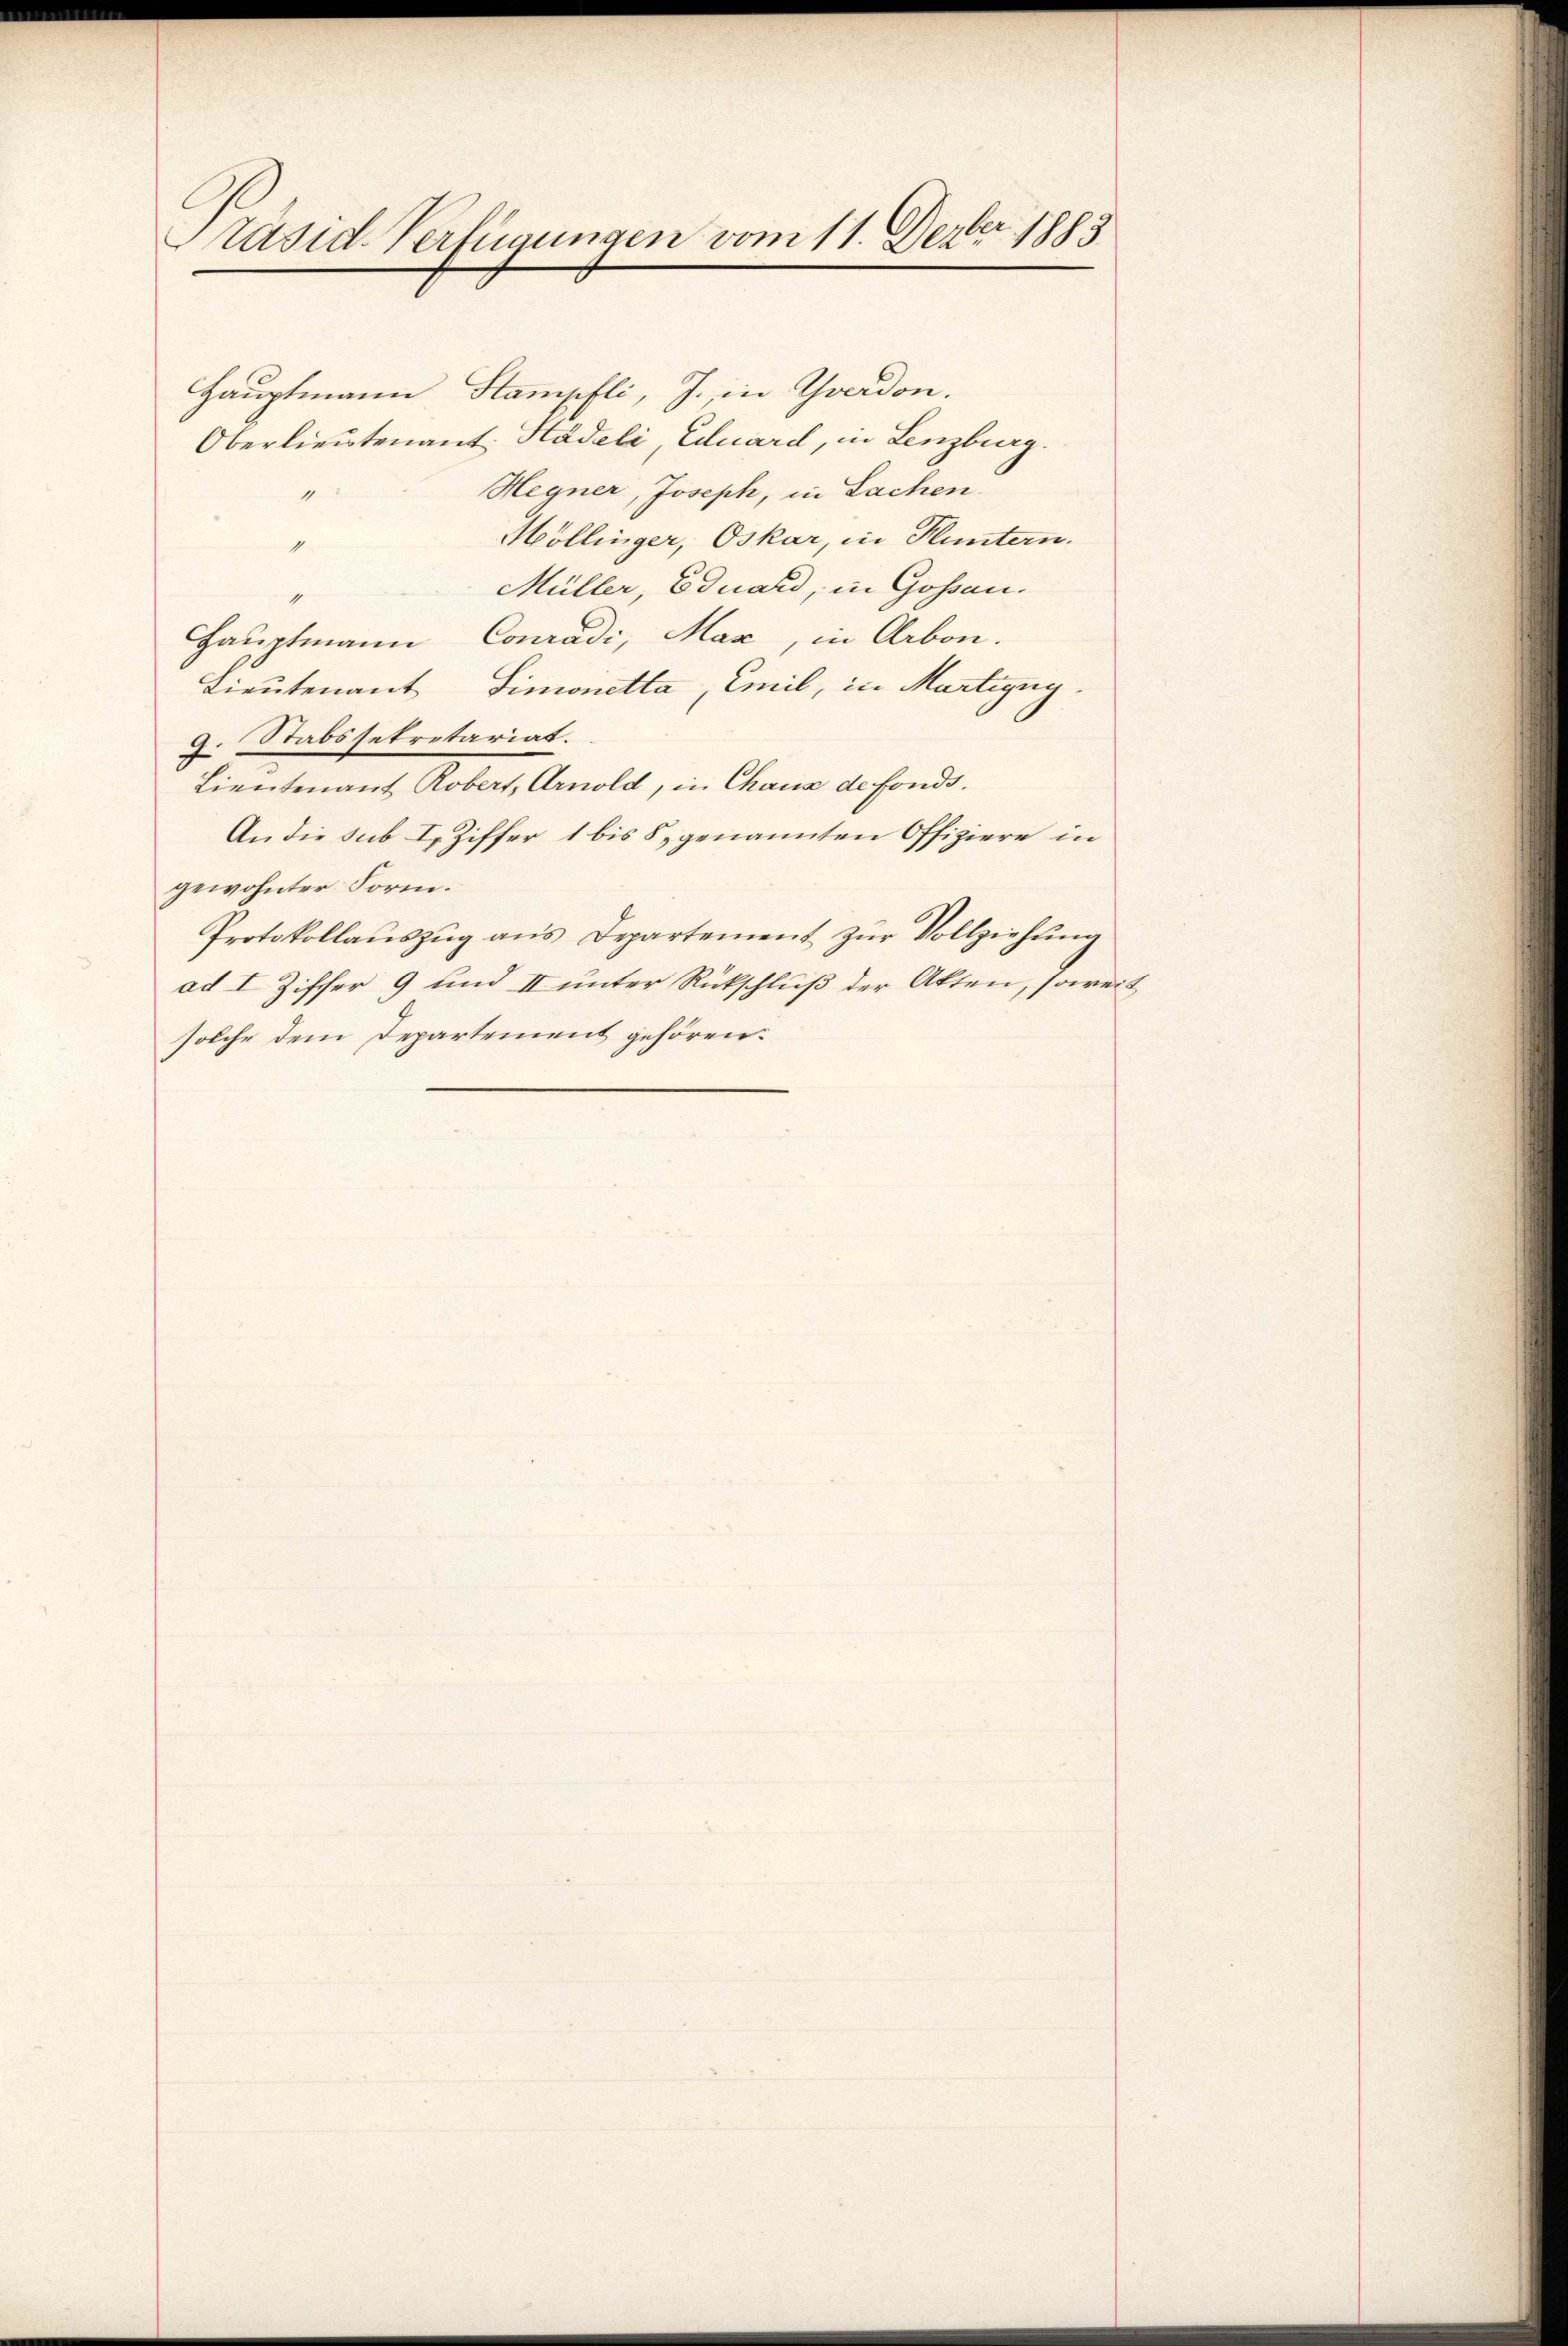
räsid-Verfügungen vom 11. Dezbr. 1883

Hauptmann Stampfli, J. in Yverdon.
Oberlieutenant Hadeli, Eduard, in Lenzburg.
Hegner, Joseph, in Sachen
1
Möllinger, Oskar, in Fluntern.
4
Müller, Eduard, in Gossau.
“
Hauptmann Conradi, Max, in Arbon.
Lieutenant Simonetta, Emil, in Martigug.
9. Stabssekretariat.
Lieutenant Robert, Arnold, in Chaux de fonds.
An die sub I. Ziffer 1 bis 8, genannten Offiziere in
gewohnter Form.
Protokollaŭszŭg ans Departement zŭr Vollziehung
ad I Ziffer 9 und II unter Rückschluß der Akten, soweit
solche dem Departement gehören.